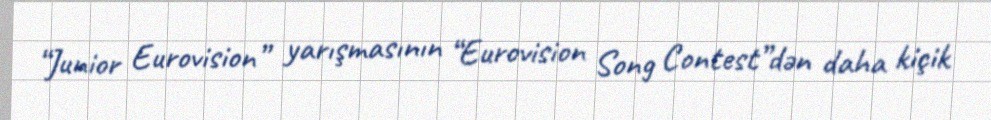
“Junior Eurovision” yarışmasının “Eurovision Song Contest”dən daha kiçik